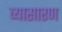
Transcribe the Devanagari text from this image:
व्यासारण